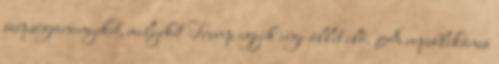
szépségversenyeket, melyeket Trump egyik cége állít elő. A republikánus